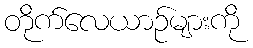
တိုက်လေယာဉ်များကို